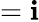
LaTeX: =\mathbf{i}